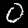
Digit: 0